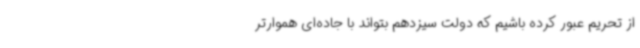
از تحریم عبور کرده باشیم که دولت سیزدهم بتواند با جاده‌ای هموارتر